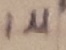
Text: 1µ